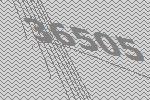
36505